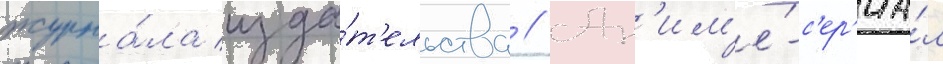
журна́ла изда́т'ельства // Ан'им'е́-с'ер'иа́л